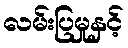
လမ်းပြမှုနှင့်